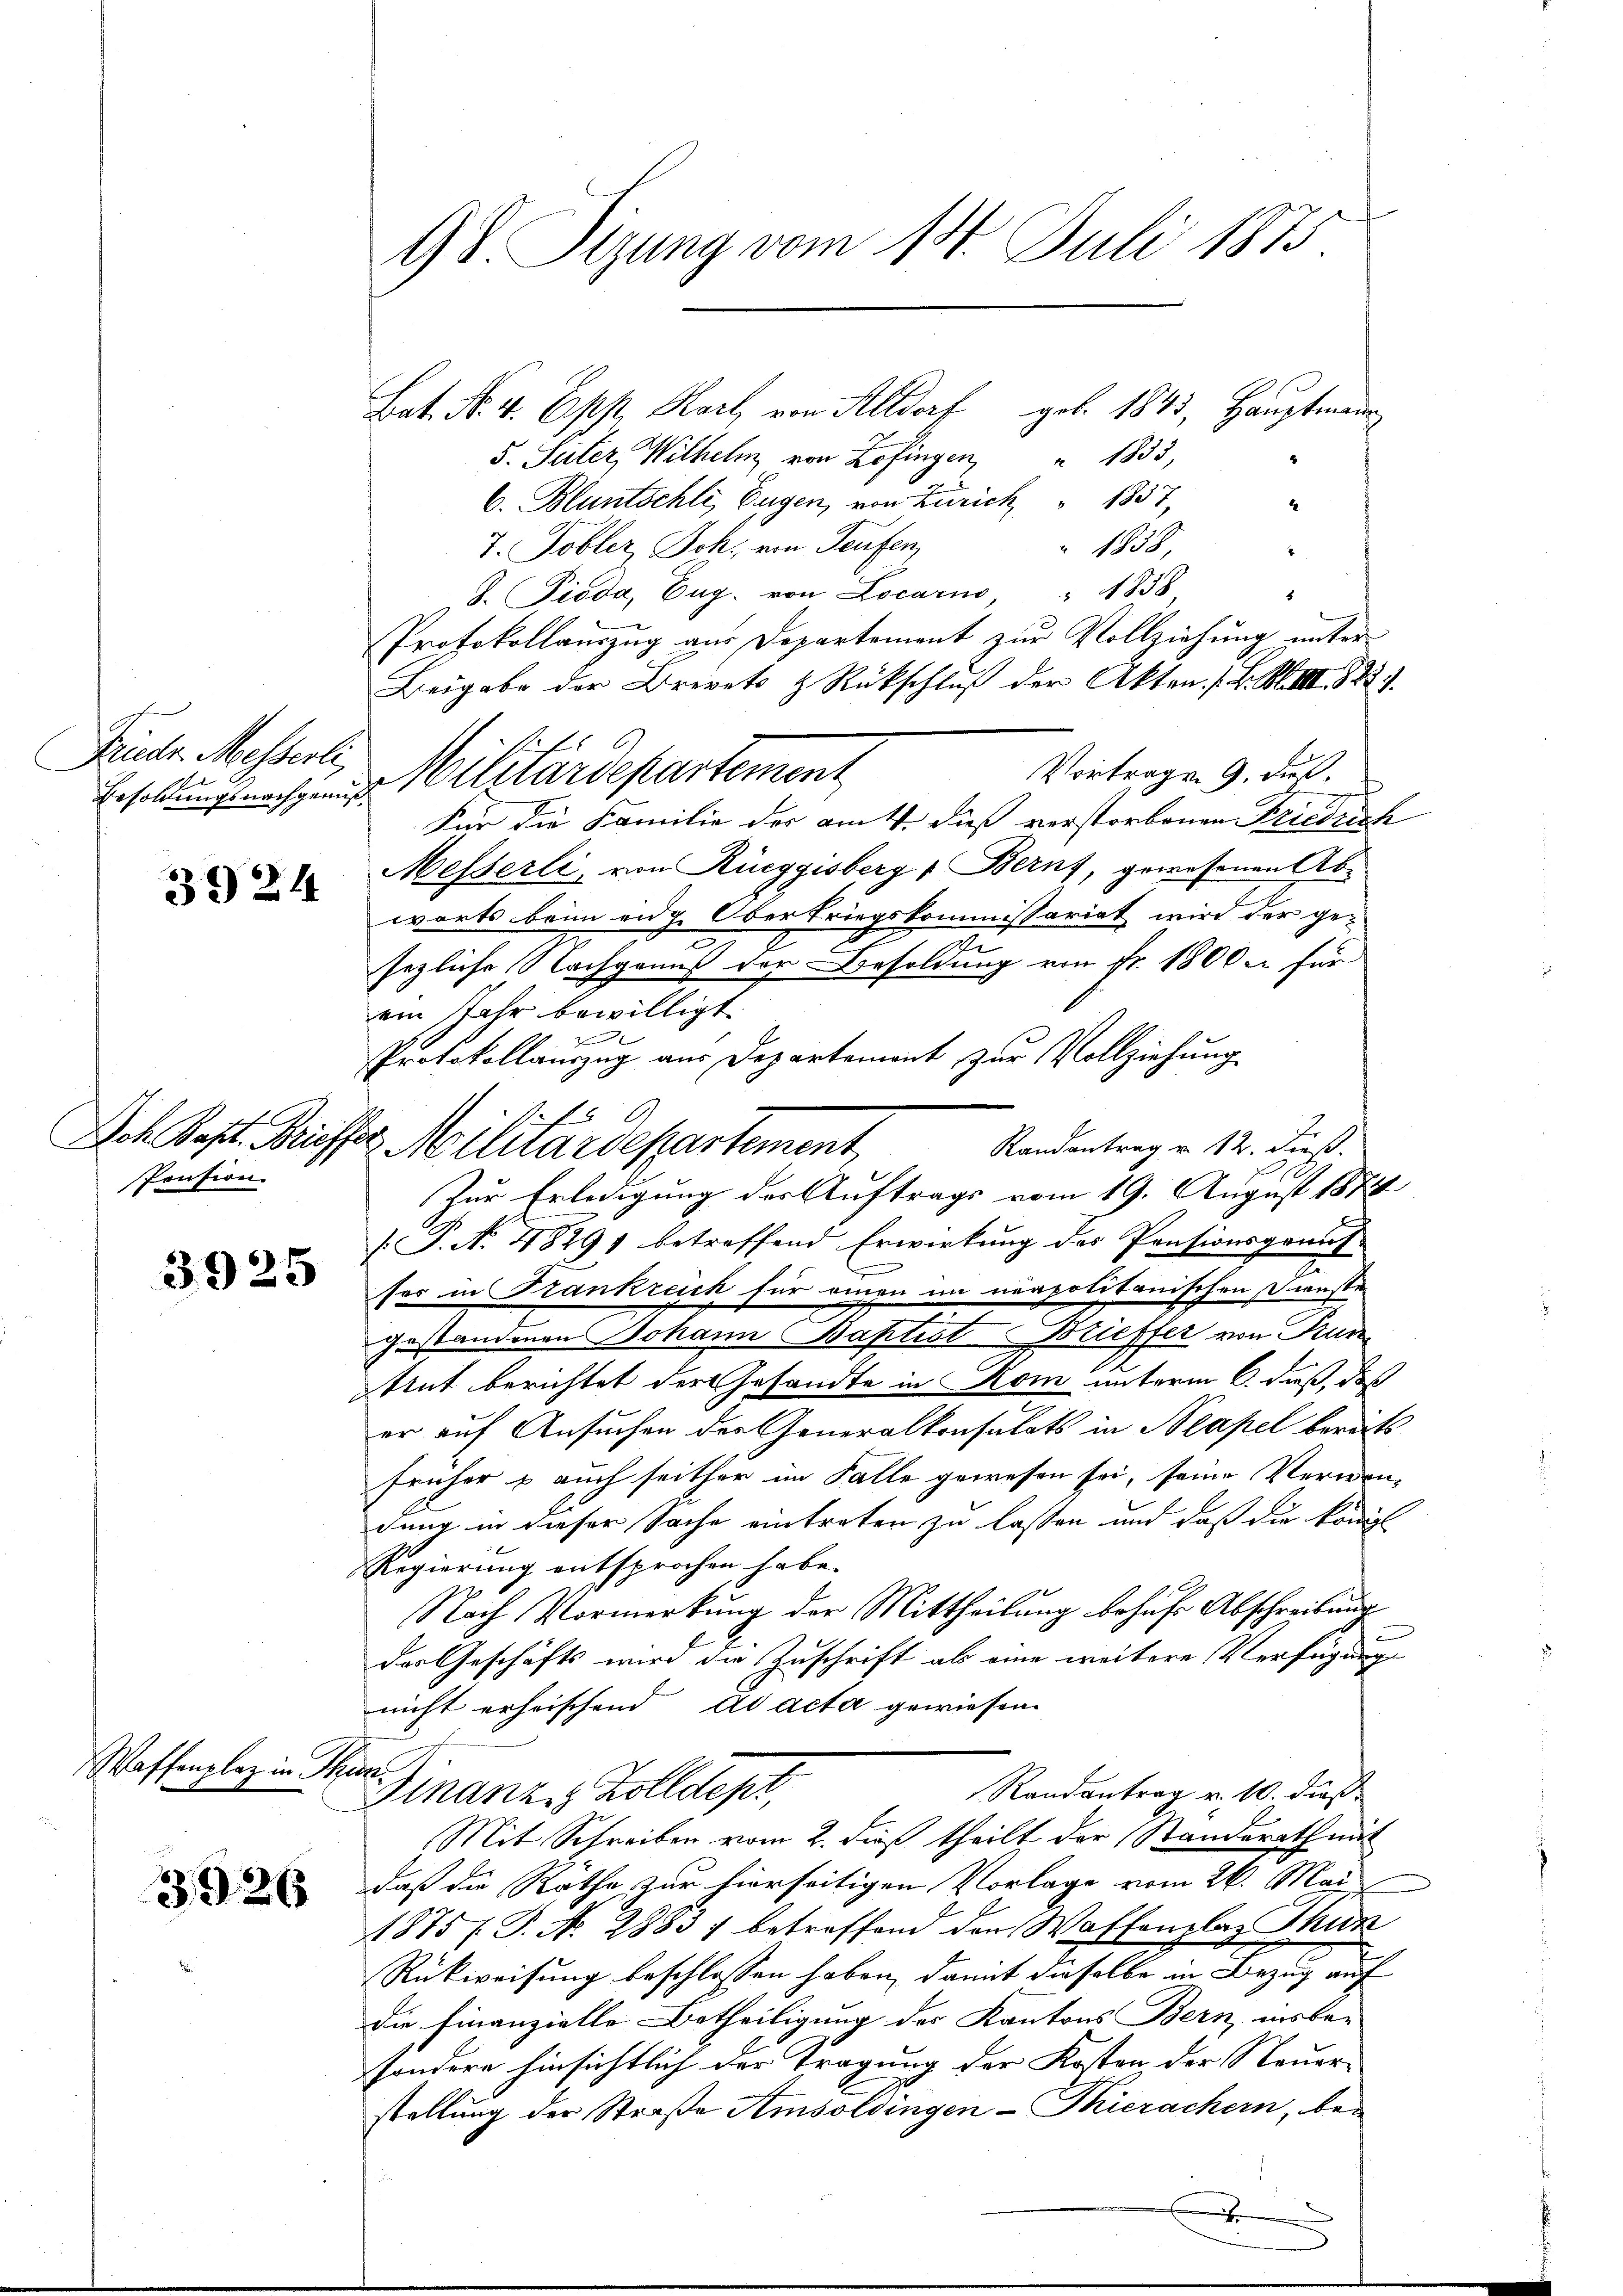
Friedr. Messerli,
d

39 24

Pension

3925

Waffenplaz in de

3526

98 Tizung vom 14. Juli 1875

Bat. No. 4. Epp. Karl von Altdorf geb. 1843, Hauptmann
5. Suter, Wilhelm von Zofingen " 1833,
4
C. Bluntschli, Eugen, von Zürich 1837,
4
7. Tobler Joh. von Teufen,
1838
x
B. Pioda, Eug. von Locari " 1858
Protokollauszug aus Departement zur Vollziehung unter
Beigabe der Brevets & Rückschlŭβ der Akten. F. VIII 8221.
Vortragen 9. dieß.
Erschung machen Militärdepartement
Für die Familie der am 4. dieß verstorbenen Friedrich
Messerli, von Rüeggisberg Berns, gewesenen Ab-
wärts beim eng Obertriegskommissariat wird der gesezliche Nachganus der Besoldung von Fr. 1800. für
ein Jahr bewilligt.
.
Protokollauszug aus Departemont zur Vollziehung
Ioh Post. Brieffer Militärdepartement
Randantrag v. 12. dieß.
Zur Erledigung der Auftrags vom 19. August 1874
[P. N. 48291 betreffend Erwirkung des Pensionsgrauf
ser in Frankreich für einen im neapolitanischen Dienste
gestandenen Johann Baptist Brieffer von Pun
tut berichtet der Gesandte in Kom unterm 6. daß, daß
er auf Ansuchen der Generalkonsulats in Neapel berats
fenher & auch seither im Falle gewesen sei, seine Verwen-
dung in dieser Sache eintreten zu lassen und daß die königl.
Regierung entsprochen habe.
Nach Vormerkung der Mittheilung behufs Abschreibung
des Geschäfts wird die Zuschrift als eine weitere Verfügung
nicht erheischend ad acta gewiesen.
r
Randantrag v. 10. dieß
Finanze Zolldept
Mit Schreiben vom 2. dieß theilt der Standerath mit
daß die Räthe, zur hierseitigen Vorlage vom 26. Mai
1875 P. Nr. 2883) betreffend den Waffenplaz Thun
Rückweisung beschlossen haben, damit dieselbe in Bezug auf
die Finanzielle Betheiligung des Kantons Bern, insbe-
sondere hinsichtlich der Tragung der Kosten der Steuer-
stellung der Straße Amsoldingen-Thierachern, be¬

.